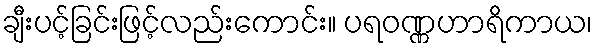
ချီးပင့်ခြင်းဖြင့်လည်းကောင်း။ ပရဝဏ္ဏဟာရိကာယ၊